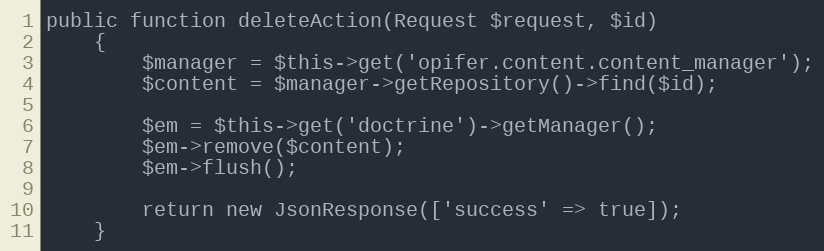
Language: PHP
public function deleteAction(Request $request, $id)
    {
        $manager = $this->get('opifer.content.content_manager');
        $content = $manager->getRepository()->find($id);

        $em = $this->get('doctrine')->getManager();
        $em->remove($content);
        $em->flush();

        return new JsonResponse(['success' => true]);
    }